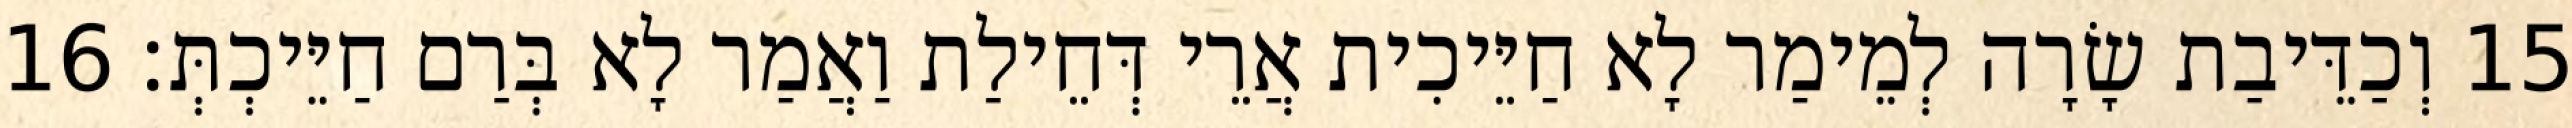
15 וְכַדֵּיבַת שָׂרָה לְמֵימַר לָא חַיֵּיכִית אֲרֵי דְּחֵילַת וַאֲמַר לָא בְּרַם חַיֵּיכְתְּ׃ 16